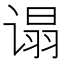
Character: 𬤕